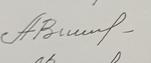
Signature authenticity: genuine